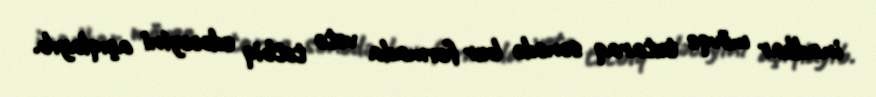
inadkar mövqe tutaraq sənədə bur formada veto tətbiq edəcəyini açıqlayıb.